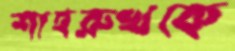
শাহরুখকে